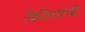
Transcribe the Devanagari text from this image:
ब्रिटिशांची